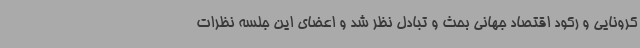
کرونایی و رکود اقتصاد جهانی بحث و تبادل نظر شد و اعضای این جلسه نظرات